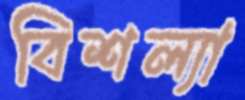
বিশল্যা